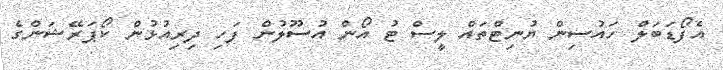
އެފޯޑަބަލް ހައުސިން ޔުނިޓްތައް ލީސް ޓު އޯން އުސޫލުން ފަހި ދިރިއުޅުން ކޯޕަރޭޝަންގެ